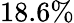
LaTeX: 18.6\%